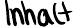
Inhalt